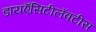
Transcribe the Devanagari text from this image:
डायऍसिटीलॅक्‍टीस